Leningradi_Edasi_toimetus, lk 12
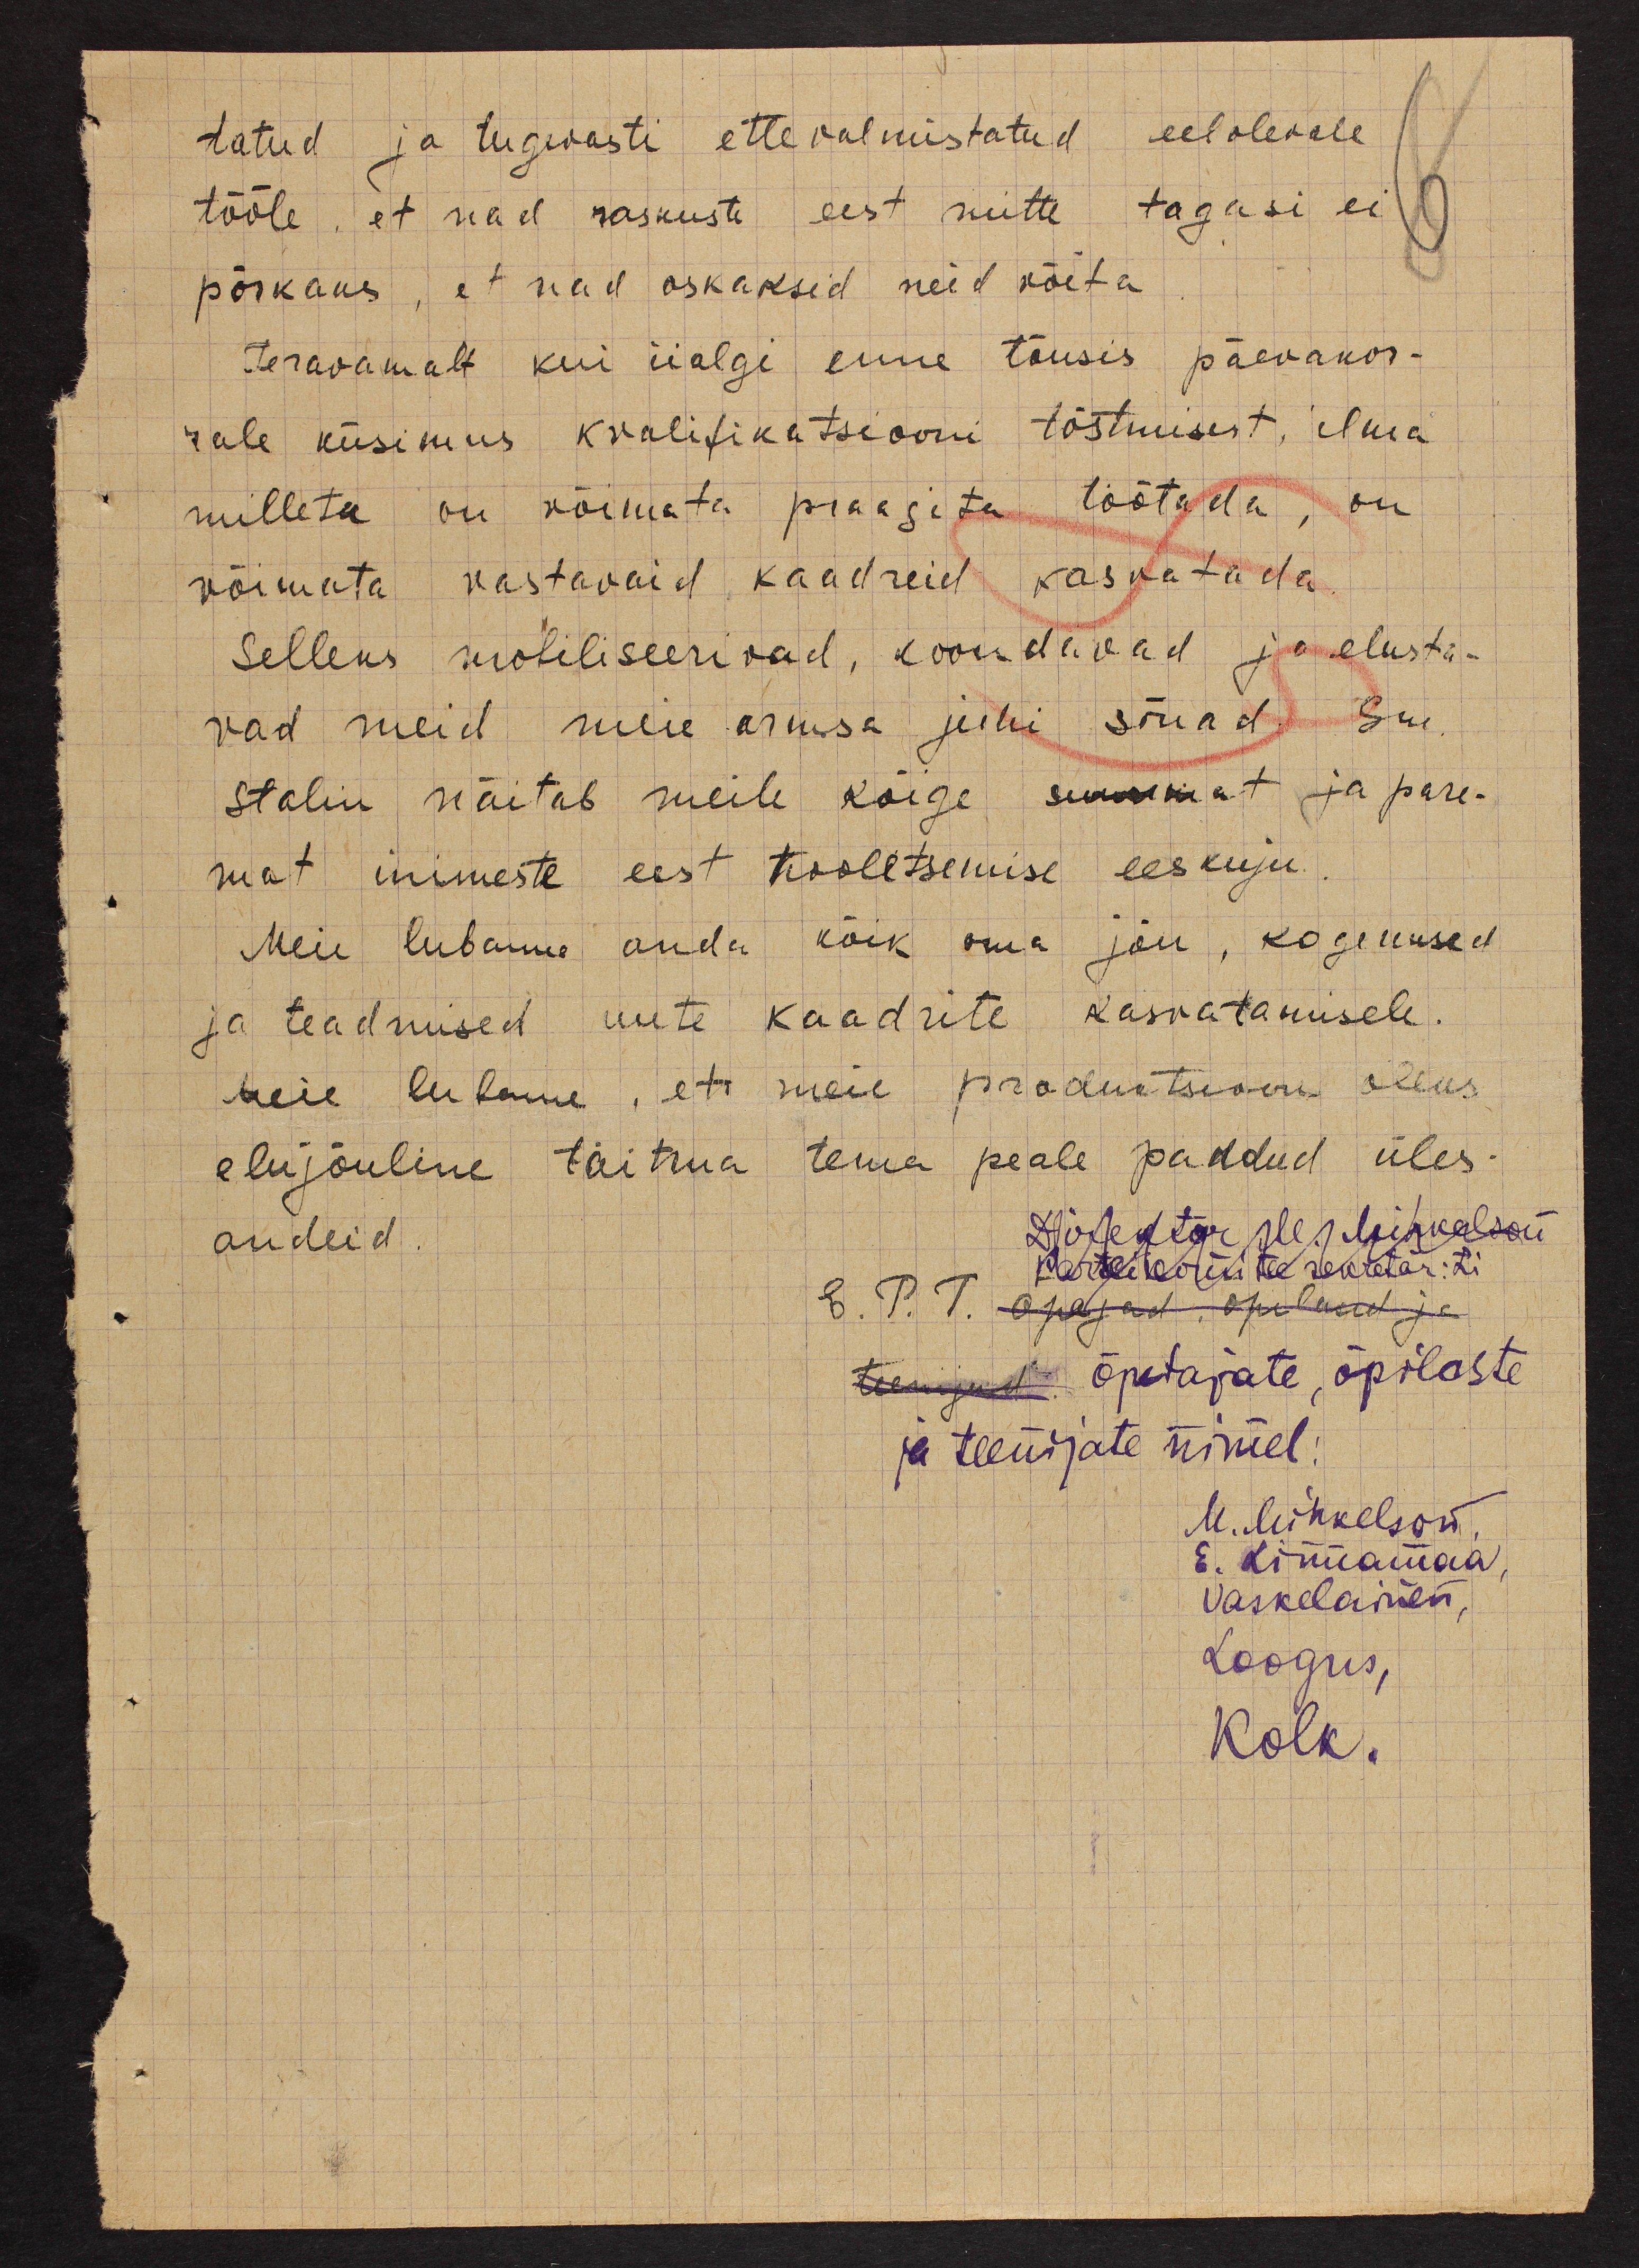
tatud ja tugevasti ettevalmistatud eelolevale
6
tööle, et nad raskuste eest mitte tagasi ei
põrkaks, et nad oskaksid neid võita
Teravamalt kui iialgi enne tõusis päevakor-
rale küsimus kvalifikatsiooni tõstmisest, ilma
milleta on võimata praagita töötada, on
võimata vastavaid kaadreid kasvatada.
Selleks mobiliseerivad, koondavad ja elusta-
vad meid meie armsa juhi sõnad. Sm.
Stalin näitab meile kõige suuremat ja pare-
mat inimeste eest hooletsemise eeskuju
Meie lubame anda kõik oma jõu, kogemused
ja teadmised uute kaadrite kasvatamisele.
Meie lubame, et meie produktsioon oleks
elujõuline täitma tema peale pandud üles
andeid.
Direktor M. Mihkelson
Parteikomitee sekretär: Li
E. P. T. õpejad õpilased ja
teenijad õpetajate, õpilaste
ja teenijate nimel:
M. Mihkelson,
E. Linnamaa,
Vaskelainen,
Loogus,
Kolk.